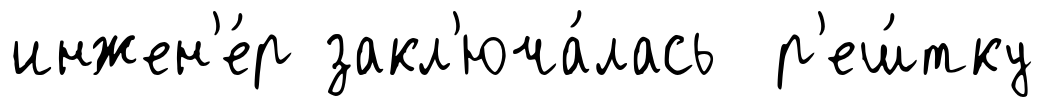
инжен'е́р закл'юча́лась р'еш́тку